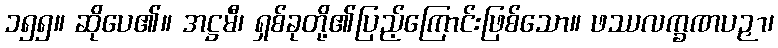
၁၅၅။ ဆိုပေ၏။ အဋ္ဌမီ၊ ရှစ်ခုတို့၏ပြည့်ကြောင်းဖြစ်သော။ ဖဿလက္ခဏပဉှာ၊